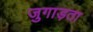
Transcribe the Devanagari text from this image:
जुगाड़ता